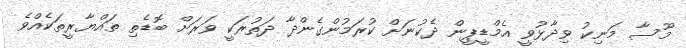
މޫސާ މަނިކު ވިދާޅުވީ އެމްޑީޕީން ދެކުނަށް ކުރަމުންގެންދާ ދަތުރަކީ ވަރަށް ބޮޑެތި ތައްޔާރީތަކެއްވެ